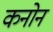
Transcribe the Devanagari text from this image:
कनोन